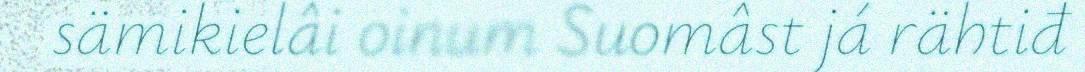
sämikielâi oinum Suomâst já rähtiđ